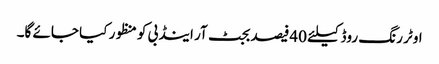
اوٹر رنگ روڈ کیلئے 40فیصد بجٹ آر اینڈ بی کو منظور کیا جائے گا۔